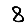
Digit: 8